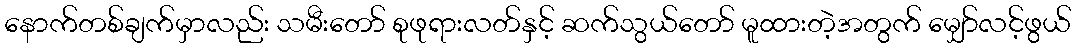
နောက်တစ်ချက်မှာလည်း သမီးတော် စုဖုရားလတ်နှင့် ဆက်သွယ်တော် မူထားတဲ့အတွက် မျှော်လင့်ဖွယ်